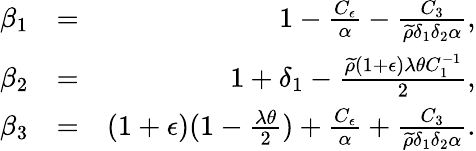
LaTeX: \begin{array}{rlr}{\beta_{1}}&{=}&{1-\frac{C_{\epsilon}}{\alpha}-\frac{C_{3}}{\widetilde{\rho}\delta_{1}\delta_{2}\alpha},}\\ {\beta_{2}}&{=}&{1+\delta_{1}-\frac{\widetilde{\rho}(1+\epsilon)\lambda\theta C_{1}^{-1}}{2},}\\ {\beta_{3}}&{=}&{(1+\epsilon)(1-\frac{\lambda\theta}{2})+\frac{C_{\epsilon}}{\alpha}+\frac{C_{3}}{\widetilde{\rho}\delta_{1}\delta_{2}\alpha}.}\end{array}